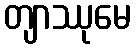
တျာဿုမေ